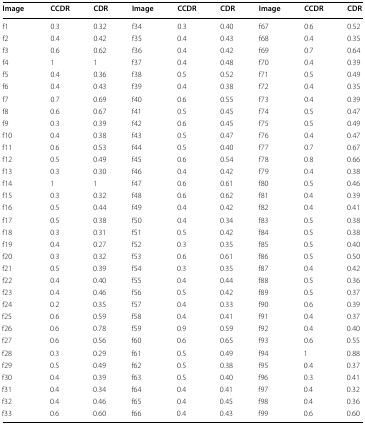
<table><thead><tr><td><b>Image</b></td><td><b>CCDR</b></td><td><b>CDR</b></td><td><b>Image</b></td><td><b>CCDR</b></td><td><b>CDR</b></td><td><b>Image</b></td><td><b>CCDR</b></td><td><b>CDR</b></td></tr></thead><tbody><tr><td>f1</td><td>0.3</td><td>0.32</td><td>f34</td><td>0.3</td><td>0.40</td><td>f67</td><td>0.6</td><td>0.52</td></tr><tr><td>f2</td><td>0.4</td><td>0.42</td><td>f35</td><td>0.4</td><td>0.43</td><td>f68</td><td>0.4</td><td>0.35</td></tr><tr><td>f3</td><td>0.6</td><td>0.62</td><td>f36</td><td>0.4</td><td>0.42</td><td>f69</td><td>0.7</td><td>0.64</td></tr><tr><td>f4</td><td>1</td><td>1</td><td>f37</td><td>0.4</td><td>0.48</td><td>f70</td><td>0.4</td><td>0.39</td></tr><tr><td>f5</td><td>0.4</td><td>0.36</td><td>f38</td><td>0.5</td><td>0.52</td><td>f71</td><td>0.5</td><td>0.49</td></tr><tr><td>f6</td><td>0.4</td><td>0.43</td><td>f39</td><td>0.4</td><td>0.38</td><td>f72</td><td>0.4</td><td>0.35</td></tr><tr><td>f7</td><td>0.7</td><td>0.69</td><td>f40</td><td>0.6</td><td>0.55</td><td>f73</td><td>0.4</td><td>0.39</td></tr><tr><td>f8</td><td>0.6</td><td>0.67</td><td>f41</td><td>0.5</td><td>0.45</td><td>f74</td><td>0.5</td><td>0.47</td></tr><tr><td>f9</td><td>0.3</td><td>0.39</td><td>f42</td><td>0.6</td><td>0.45</td><td>f75</td><td>0.5</td><td>0.49</td></tr><tr><td>f10</td><td>0.4</td><td>0.38</td><td>f43</td><td>0.5</td><td>0.47</td><td>f76</td><td>0.4</td><td>0.47</td></tr><tr><td>f11</td><td>0.6</td><td>0.53</td><td>f44</td><td>0.5</td><td>0.40</td><td>f77</td><td>0.7</td><td>0.67</td></tr><tr><td>f12</td><td>0.5</td><td>0.49</td><td>f45</td><td>0.6</td><td>0.54</td><td>f78</td><td>0.8</td><td>0.66</td></tr><tr><td>f13</td><td>0.3</td><td>0.30</td><td>f46</td><td>0.4</td><td>0.42</td><td>f79</td><td>0.4</td><td>0.38</td></tr><tr><td>f14</td><td>1</td><td>1</td><td>f47</td><td>0.6</td><td>0.61</td><td>f80</td><td>0.5</td><td>0.46</td></tr><tr><td>f15</td><td>0.3</td><td>0.32</td><td>f48</td><td>0.6</td><td>0.62</td><td>f81</td><td>0.4</td><td>0.39</td></tr><tr><td>f16</td><td>0.5</td><td>0.44</td><td>f49</td><td>0.4</td><td>0.42</td><td>f82</td><td>0.4</td><td>0.41</td></tr><tr><td>f17</td><td>0.5</td><td>0.38</td><td>f50</td><td>0.4</td><td>0.34</td><td>f83</td><td>0.5</td><td>0.38</td></tr><tr><td>f18</td><td>0.3</td><td>0.31</td><td>f51</td><td>0.5</td><td>0.42</td><td>f84</td><td>0.5</td><td>0.38</td></tr><tr><td>f19</td><td>0.4</td><td>0.27</td><td>f52</td><td>0.3</td><td>0.35</td><td>f85</td><td>0.5</td><td>0.40</td></tr><tr><td>f20</td><td>0.3</td><td>0.32</td><td>f53</td><td>0.6</td><td>0.61</td><td>f86</td><td>0.5</td><td>0.50</td></tr><tr><td>f21</td><td>0.5</td><td>0.39</td><td>f54</td><td>0.3</td><td>0.35</td><td>f87</td><td>0.4</td><td>0.42</td></tr><tr><td>f22</td><td>0.4</td><td>0.40</td><td>f55</td><td>0.4</td><td>0.44</td><td>f88</td><td>0.5</td><td>0.36</td></tr><tr><td>f23</td><td>0.4</td><td>0.46</td><td>f56</td><td>0.5</td><td>0.42</td><td>f89</td><td>0.5</td><td>0.37</td></tr><tr><td>f24</td><td>0.2</td><td>0.35</td><td>f57</td><td>0.4</td><td>0.33</td><td>f90</td><td>0.6</td><td>0.39</td></tr><tr><td>f25</td><td>0.6</td><td>0.59</td><td>f58</td><td>0.4</td><td>0.41</td><td>f91</td><td>0.4</td><td>0.37</td></tr><tr><td>f26</td><td>0.6</td><td>0.78</td><td>f59</td><td>0.9</td><td>0.59</td><td>f92</td><td>0.4</td><td>0.40</td></tr><tr><td>f27</td><td>0.6</td><td>0.56</td><td>f60</td><td>0.6</td><td>0.65</td><td>f93</td><td>0.6</td><td>0.55</td></tr><tr><td>f28</td><td>0.3</td><td>0.29</td><td>f61</td><td>0.5</td><td>0.49</td><td>f94</td><td>1</td><td>0.88</td></tr><tr><td>f29</td><td>0.5</td><td>0.49</td><td>f62</td><td>0.5</td><td>0.38</td><td>f95</td><td>0.4</td><td>0.37</td></tr><tr><td>f30</td><td>0.4</td><td>0.39</td><td>f63</td><td>0.5</td><td>0.40</td><td>f96</td><td>0.3</td><td>0.41</td></tr><tr><td>f31</td><td>0.4</td><td>0.34</td><td>f64</td><td>0.4</td><td>0.41</td><td>f97</td><td>0.4</td><td>0.32</td></tr><tr><td>f32</td><td>0.4</td><td>0.46</td><td>f65</td><td>0.4</td><td>0.45</td><td>f98</td><td>0.4</td><td>0.36</td></tr><tr><td>f33</td><td>0.6</td><td>0.60</td><td>f66</td><td>0.4</td><td>0.43</td><td>f99</td><td>0.6</td><td>0.60</td></tr></tbody></table>